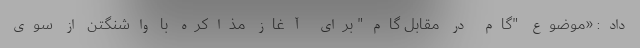
داد: «موضوع "گام در مقابل گام" برای آغاز مذاکره با واشنگتن از سوی